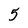
Character: 5